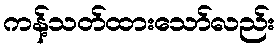
ကန့်သတ်ထားသော်လည်း